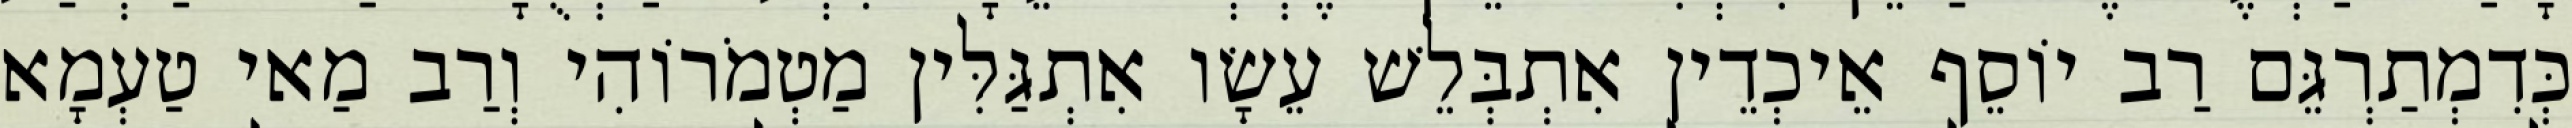
כְּדִמְתַרְגֵּם רַב יוֹסֵף אֵיכְדֵין אִתְבְּלֵשׁ עֵשָׂו אִתְגַּלִּין מַטְמֹרוֹהִי וְרַב מַאי טַעְמָא